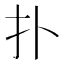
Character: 扑